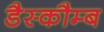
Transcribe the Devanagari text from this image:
डैस्कौम्ब